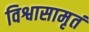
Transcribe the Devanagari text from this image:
विश्वासामृतं